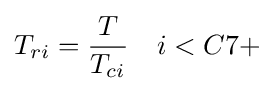
T_{ri}={\frac {T}{T_{ci}}}\quad i<C7+